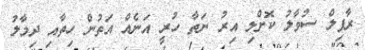
ރާފިލް ސުވާލު ކޮށްލި އިރު ނަތާ ހުރީ އަނެއް އަތުން ހިތާއި ދިމާލު